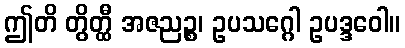
ဤတိ တွိတ္ထီ အဇညဉ္စ၊ ဥပသဂ္ဂေါ ဥပဒ္ဒဝေါ။